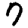
Digit: 7